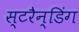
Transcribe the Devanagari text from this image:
स्टरैन्डिंग